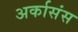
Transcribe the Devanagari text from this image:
अर्कासंस